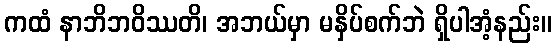
ကထံ နာဘိဘဝိဿတိ၊ အဘယ်မှာ မနှိပ်စက်ဘဲ ရှိပါအံ့နည်း။